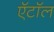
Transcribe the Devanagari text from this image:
ऍटॉल